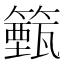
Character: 籈